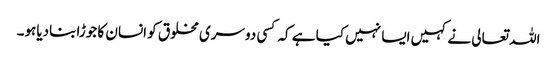
اللہ تعالی نے کہیں ایسا نہیں کیا ہے کہ کسی دوسری مخلوق کو انسان کا جوڑا بنادیاہو۔